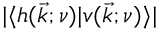
| \langle h ( \vec { k } ; \nu ) | v ( \vec { k } ; \nu ) \rangle |